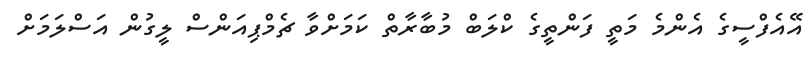
އޭއެފްސީގެ އެންމެ މަތީ ފަންތީގެ ކްލަބް މުބާރާތް ކަމަށްވާ ޗެމްޕިއަންސް ލީގުން އަސްލަމަށް